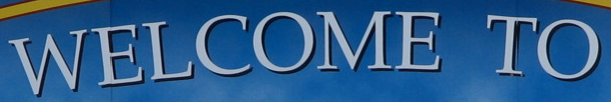
WELCOME TO